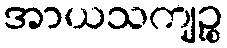
အာယသကျဉ္စ